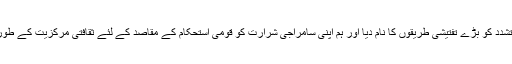
جیسے کہ بُش حکومت نے تشدد کو بڑے تفتیشی طریقوں کا نام دیا اور ہم اپنی سامراجی شرارت کو قومی استحکام کے مقاصد کے لئے ثقافتی مرکزیت کے طور پر استعمال کر سکتے ہیں۔